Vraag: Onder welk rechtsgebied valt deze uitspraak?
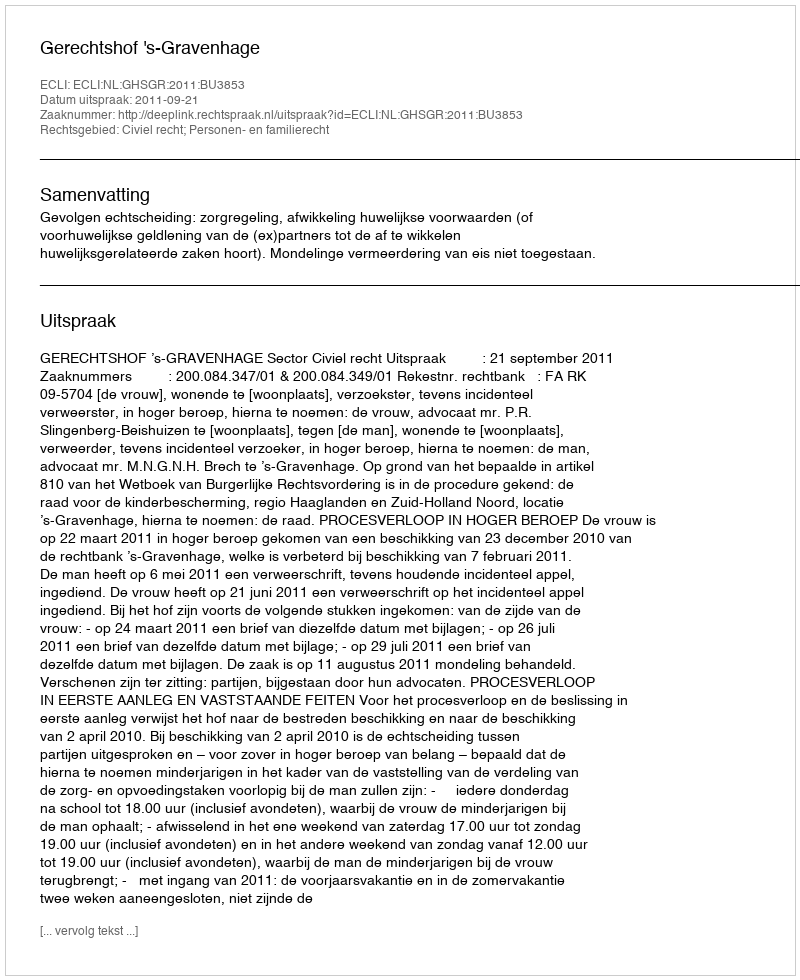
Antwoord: Civiel recht; Personen- en familierecht